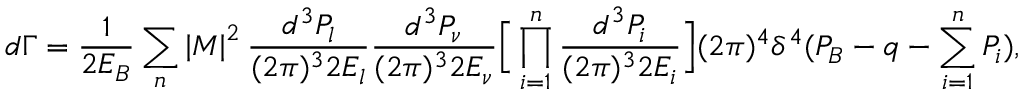
d \Gamma = \frac { 1 } { 2 E _ { B } } \sum _ { n } \left| { \cal M } \right| ^ { 2 } \frac { d ^ { 3 } P _ { l } } { ( 2 \pi ) ^ { 3 } 2 E _ { l } } \frac { d ^ { 3 } P _ { \nu } } { ( 2 \pi ) ^ { 3 } 2 E _ { \nu } } \Big [ \prod _ { i = 1 } ^ { n } \frac { d ^ { 3 } P _ { i } } { ( 2 \pi ) ^ { 3 } 2 E _ { i } } \Big ] ( 2 \pi ) ^ { 4 } \delta ^ { 4 } ( P _ { B } - q - \sum _ { i = 1 } ^ { n } P _ { i } ) ,